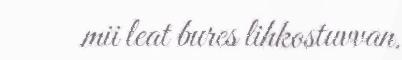
mii leat bures lihkostuvvan.